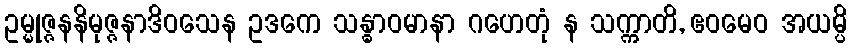
ဥမ္မုဇ္ဇနနိမုဇ္ဇနာဒိဝသေန ဥဒကေ သန္ဓာဝမာနာ ဂဟေတုံ န သက္ကာတိ, ဧဝမေဝ အယမ္ပိ